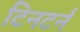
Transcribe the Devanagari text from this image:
टिनटर्न